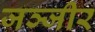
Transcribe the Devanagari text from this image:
जञ्जीर